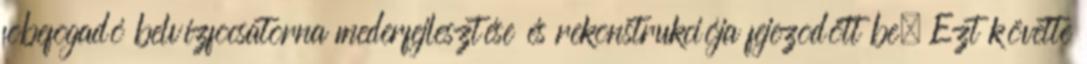
fõbefogadó belvízfõcsatorna mederfejlesztése és rekonstrukciója fejezõdött be. Ezt követte